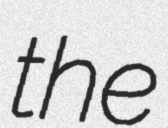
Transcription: the